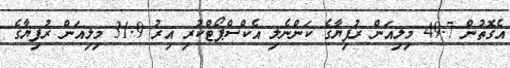
އެގޮތުން 49.7 މިލިއަން ރުފިޔާގެ ކަންނެލި އެކްސްޕޯޓްކުރި އިރު 31.9 މިލިއަން ރުފިޔާގެ